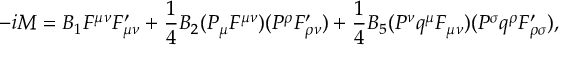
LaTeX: - i { \cal M } = B _ { 1 } F ^ { \mu \nu } F _ { \mu \nu } ^ { \prime } + \frac { 1 } { 4 } B _ { 2 } ( P _ { \mu } F ^ { \mu \nu } ) ( P ^ { \rho } F _ { \rho \nu } ^ { \prime } ) + \frac { 1 } { 4 } B _ { 5 } ( P ^ { \nu } q ^ { \mu } F _ { \mu \nu } ) ( P ^ { \sigma } q ^ { \rho } F _ { \rho \sigma } ^ { \prime } ) ,